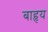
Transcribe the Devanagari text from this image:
बाहृय